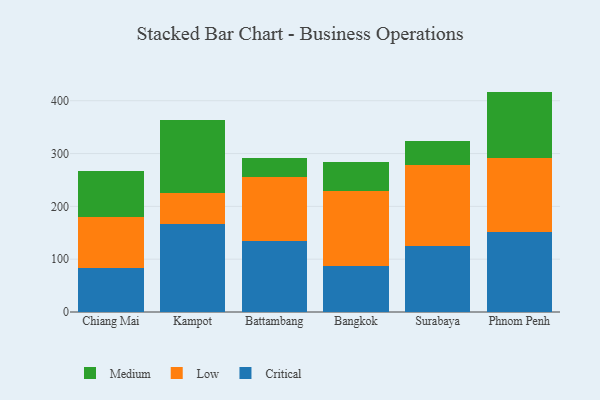
{"axis": {"x": "City", "y": "Conversion Rate (%)"}, "legend": ["Critical", "Low", "Medium"], "data": [{"x": "Chiang Mai", "y": 83.4, "type": "Critical"}, {"x": "Chiang Mai", "y": 96.9, "type": "Low"}, {"x": "Chiang Mai", "y": 86.9, "type": "Medium"}, {"x": "Kampot", "y": 165.9, "type": "Critical"}, {"x": "Kampot", "y": 59.6, "type": "Low"}, {"x": "Kampot", "y": 138.3, "type": "Medium"}, {"x": "Battambang", "y": 135.0, "type": "Critical"}, {"x": "Battambang", "y": 120.0, "type": "Low"}, {"x": "Battambang", "y": 36.4, "type": "Medium"}, {"x": "Bangkok", "y": 87.8, "type": "Critical"}, {"x": "Bangkok", "y": 141.6, "type": "Low"}, {"x": "Bangkok", "y": 54.2, "type": "Medium"}, {"x": "Surabaya", "y": 124.2, "type": "Critical"}, {"x": "Surabaya", "y": 154.7, "type": "Low"}, {"x": "Surabaya", "y": 45.8, "type": "Medium"}, {"x": "Phnom Penh", "y": 151.1, "type": "Critical"}, {"x": "Phnom Penh", "y": 139.7, "type": "Low"}, {"x": "Phnom Penh", "y": 126.5, "type": "Medium"}]}